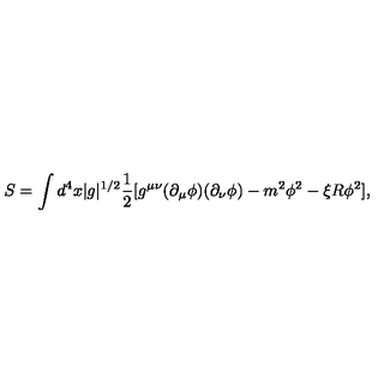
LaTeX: S = \int d ^ { 4 } x | g | ^ { 1 / 2 } \frac { 1 } { 2 } [ g ^ { \mu \nu } ( \partial _ { \mu } \phi ) ( \partial _ { \nu } \phi ) - m ^ { 2 } \phi ^ { 2 } - \xi R \phi ^ { 2 } ] ,